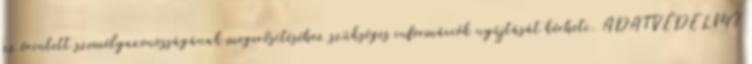
az érintett személyazonosságának megerősítéséhez szükséges információk nyújtását kérheti. ADATVÉDELMI